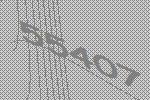
55407